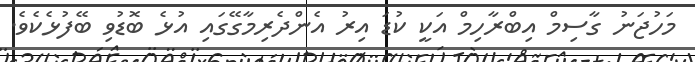
މަހުޖަނު ގާސިމް އިބްރާހިމް އަކީ ކުޑަ އިރު އެންދެރިމާގޭގައި އުޅެ ބޮޑުވި ބޭފުޅެކެވެ.